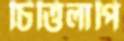
চিত্তিলাপি